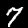
Label: 7